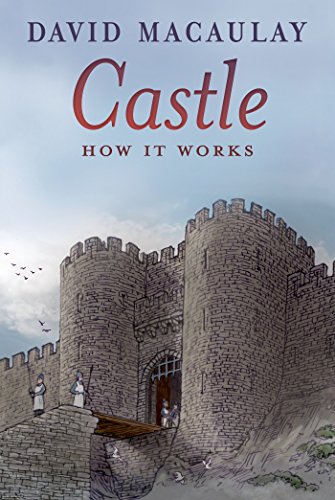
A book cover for Castle: How It Works; David Macaulay; Children's Books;